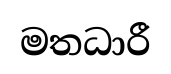
මතධාරී